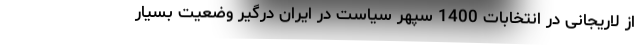
از لاریجانی در انتخابات 1400 سپهر سیاست در ایران درگیر وضعیت بسیار